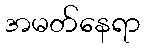
အမတ်နေရာ